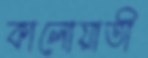
কালোয়াতী